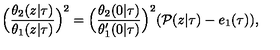
\Big ( \frac { \theta _ { 2 } ( z | \tau ) } { \theta _ { 1 } ( z | \tau ) } \Big ) ^ { 2 } = \Big ( \frac { \theta _ { 2 } ( 0 | \tau ) } { \theta _ { 1 } ^ { \prime } ( 0 | \tau ) } \Big ) ^ { 2 } ( { \cal P } ( z | \tau ) - e _ { 1 } ( \tau ) ) ,